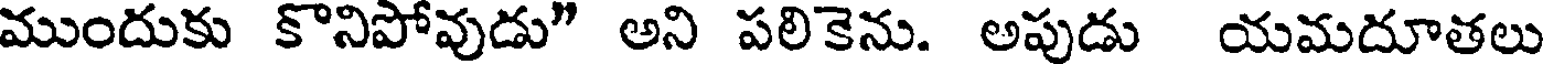
ముందుకు కొనిపోవుడు" అని పలికెను. అపుడు యమదూతలు